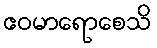
ဧဝမာရောစေသိ